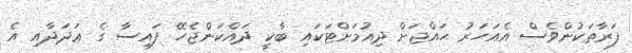
ފަރާތަކުންވެސް އެއަހަރު ޙައްޖަށް ދިއުމަށްޓަކައި ބާކީ ދައްކަންޖެހޭ ފައިސާ ގެ ޢަދަދާއި އެ